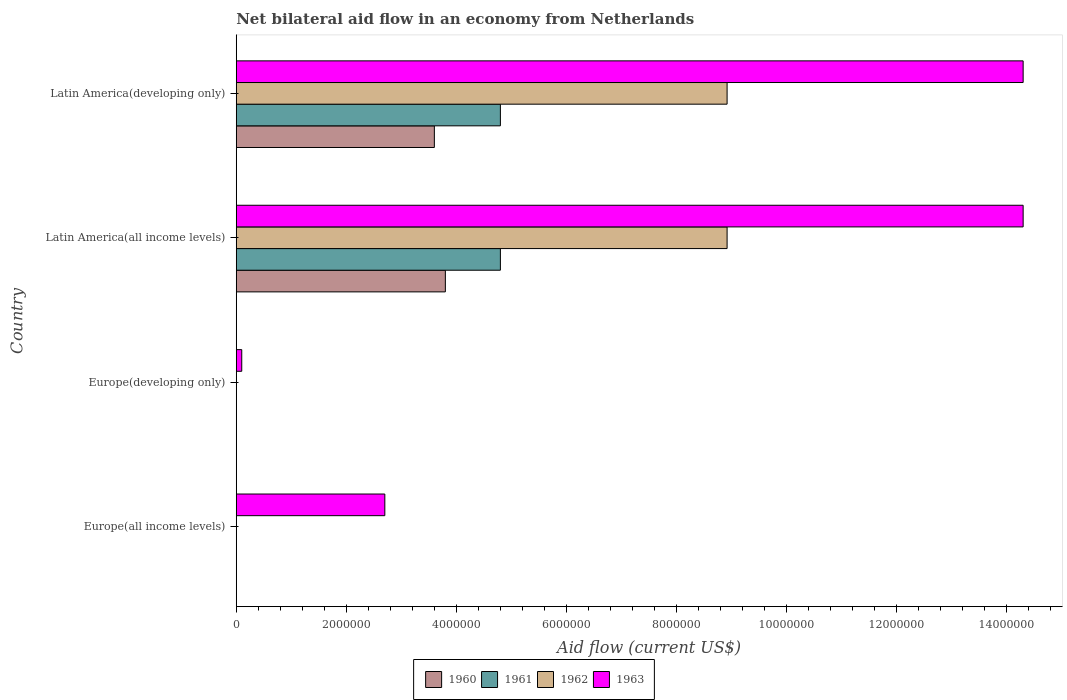
| Country | 1960 | 1961 | 1962 | 1963 |
 | --- | --- | --- | --- | --- |
 | Europe(all income levels) | -9e+05 | -5e+05 | -3e+04 | 2.7e+06 |
 | Europe(developing only) | -1e+06 | -1.03e+06 | -6.1e+05 | 1e+05 |
 | Latin America(all income levels) | 3.8e+06 | 4.8e+06 | 8.92e+06 | 1.43e+07 |
 | Latin America(developing only) | 3.6e+06 | 4.8e+06 | 8.92e+06 | 1.43e+07 |